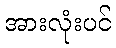
အားလုံးပင်